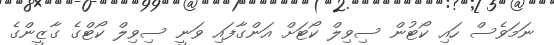
ނަމަވެސް ހައި ކޯޓުން ސިވިލް ކޯޓަށް އަންގާފައި ވަނީ ސިވިލް ކޯޓްގެ ގާޒީންގެ